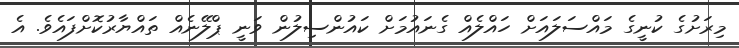
މިރަށުގެ ކުނީގެ މައްސަލައަށް ހައްލެއް ގެނައުމަށް ކައުންސިލުން ވަނީ ޕްލޭނެއް ތައްޔާރުކޮށްފައެވެ. އެ